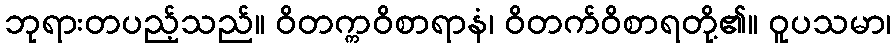
ဘုရားတပည့်သည်။ ဝိတက္ကဝိစာရာနံ၊ ဝိတက်ဝိစာရတို့၏။ ဝူပသမာ၊